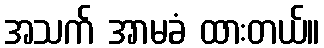
အသက် အာမခံ ထားတယ်။